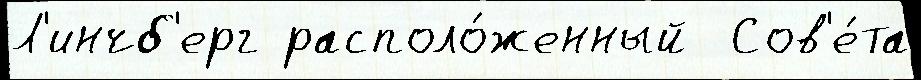
Л'инчб'ерг располо́женный  Сов'е́та